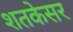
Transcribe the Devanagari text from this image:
शतकेसर